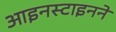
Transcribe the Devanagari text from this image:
आइनस्टाइनने